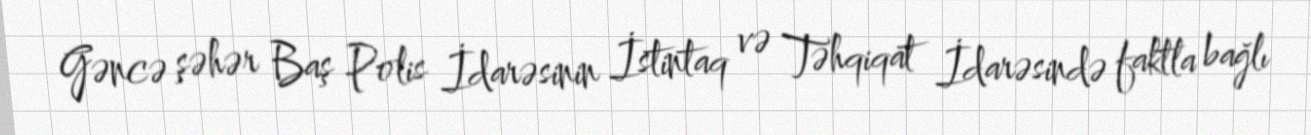
Gəncə şəhər Baş Polis İdarəsinin İstintaq və Təhqiqat İdarəsində faktla bağlı